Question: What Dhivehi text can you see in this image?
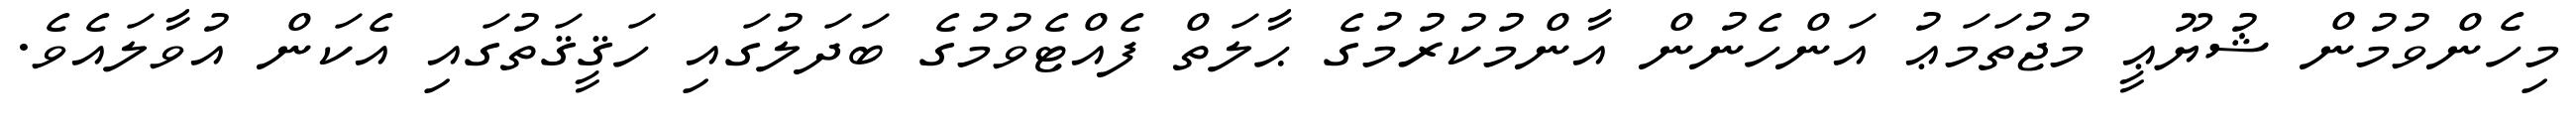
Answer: މިހެންވުމުން ޝުޔޫޢީ މުޖުތަމަޢު އަންހެނުން އާންމުކުރުމުގެ ޙާލަތް ފެއްޓެވުމުގެ ބަދަލުގައި ހަޤީޤަތުގައި އެކަން އުވާލައެވެ.